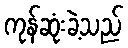
ကုန်ဆုံးခဲ့သည်